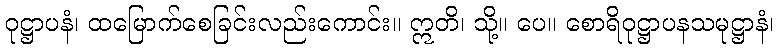
ဝုဋ္ဌာပနံ၊ ထမြောက်စေခြင်းလည်းကောင်း။ ဣတိ၊ သို့။ ပေ။ စောရိဝုဋ္ဌာပနသမုဋ္ဌာနံ၊